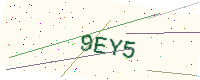
Text: 9EY5